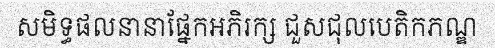
សមិទ្ធផលនានាផ្នែកអភិរក្ស ជួសជុលបេតិកភណ្ឌ